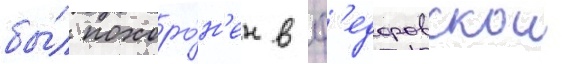
бы́л похоро́н'ен в ф'едоровскои